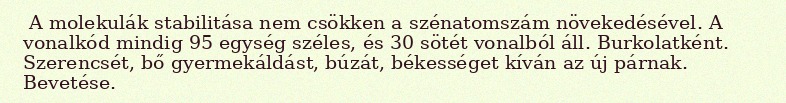
A molekulák stabilitása nem csökken a szénatomszám növekedésével. A vonalkód mindig 95 egység széles, és 30 sötét vonalból áll. Burkolatként. Szerencsét, bő gyermekáldást, búzát, békességet kíván az új párnak. Bevetése.